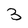
Character: 3